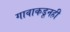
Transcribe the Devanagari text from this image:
गावाकडूनही